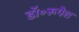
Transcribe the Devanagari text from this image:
डॉ॰रूपेश